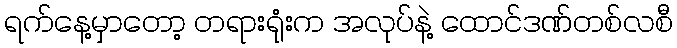
ရက်နေ့မှာတော့ တရားရုံးက အလုပ်နဲ့ ထောင်ဒဏ်တစ်လစီ